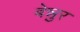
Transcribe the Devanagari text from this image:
बेन्नुर